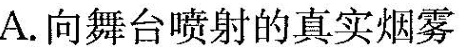
A.向舞台喷射的真实烟雾